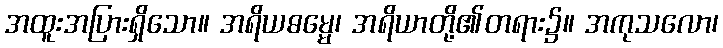
အထူးအပြားရှိသော။ အရိယဓမ္မေ၊ အရိယာတို့၏တရား၌။ အကုသလော၊